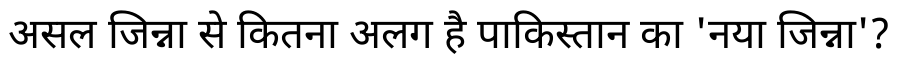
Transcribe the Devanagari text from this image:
असल जिन्ना से कितना अलग है पाकिस्तान का 'नया जिन्ना'?